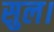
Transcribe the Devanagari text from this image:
सुल।